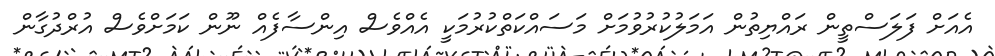
އެއަށް ފަލަސްތީން ރައްޔިތުން އަމަލުކުރުވުމަށް މަސައްކަތްކުރުމަކީ އެއްވެސް އިންސާފެއް ނޫން ކަމަށްވެސް އުރްދުގާން